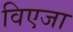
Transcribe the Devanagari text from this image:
विएजा